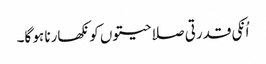
اُنکی قدرتی صلاحیتوں کو نکھارنا ہو گا۔